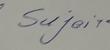
Signature authenticity: genuine